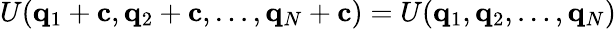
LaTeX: U(\mathbf{q}_{1}+\mathbf{c},\mathbf{q}_{2}+\mathbf{c},\dots,\mathbf{q}_{N}+\mathbf{c})=U(\mathbf{q}_{1},\mathbf{q}_{2},\dots,\mathbf{q}_{N})